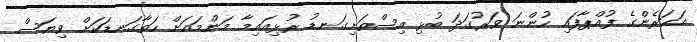
އަހަރެންގެ ފުއްޕާފައި ހުންނަ ވަރުގަދަ ބުޅި އިސްތަށިގަނޑު ރުޅިއައިމާ މަންމައަށް ހަތާގަނޑަކަށް ވިޔަސް